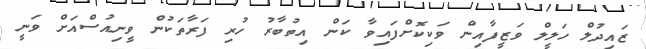
ޒައިދުލް ހަލީލް ވަޒީފާއިން ވަކިކޮށްފައިވާ ކަން އިތުބާރު ހުރި ފަރާތަކުން ވީނިއުސްއަށް ވަނީ